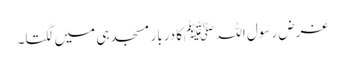
غرض رسول اللہ ﷺکا دربار مسجد ہی میں لگتا۔